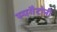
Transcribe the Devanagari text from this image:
स्पगैटोनी